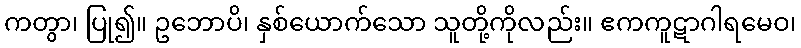
ကတွာ၊ ပြု၍။ ဥဘောပိ၊ နှစ်ယောက်သော သူတို့ကိုလည်း။ ဧကကူဋာဂါရမေဝ၊